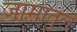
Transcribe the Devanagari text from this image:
जामातुल